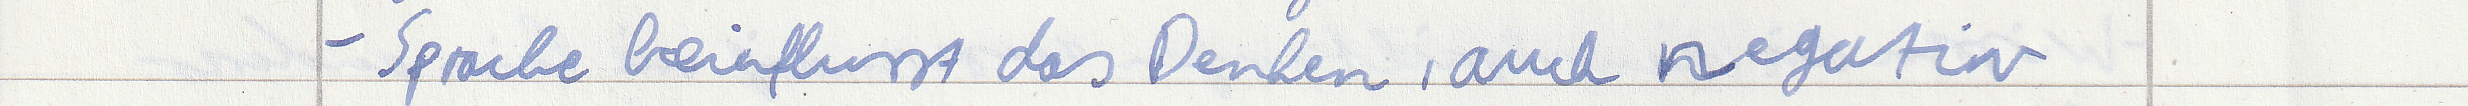
- Sprache beinflusst das Denken, auch negativ